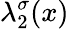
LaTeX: \lambda_{2}^{\sigma}(x)